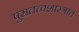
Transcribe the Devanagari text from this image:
पुरातत्त्वशास्त्रात